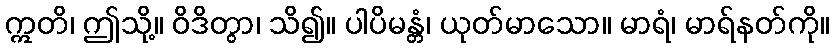
ဣတိ၊ ဤသို့။ ဝိဒိတွာ၊ သိ၍။ ပါပိမန္တံ၊ ယုတ်မာသော။ မာရံ၊ မာရ်နတ်ကို။